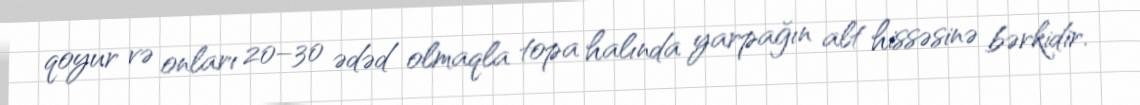
qoyur və onları 20–30 ədəd olmaqla topa halında yarpağın alt hissəsinə bərkidir.